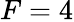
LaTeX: F=4